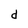
Character: d